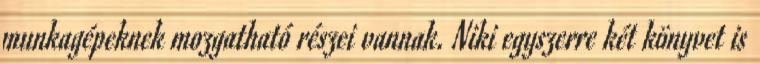
munkagépeknek mozgatható részei vannak. Niki egyszerre két könyvet is